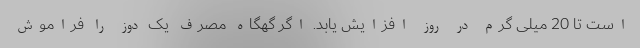
است تا 20 میلی گرم در روز افزایش یابد. اگر گهگاه مصرف یک دوز را فراموش